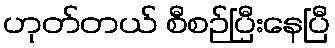
ဟုတ်တယ် စီစဉ်ပြီးနေပြီ